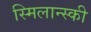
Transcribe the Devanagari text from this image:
स्मिलान्स्की